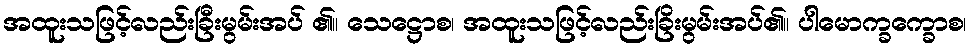
အထူးသဖြင့်လည်းခြီးမွမ်းအပ် ၏။ သေဋ္ဌောစ၊ အထူးသဖြင့်လည်းခြိးမွမ်းအပ်၏။ ပါမောက္ခက္ခောစ၊